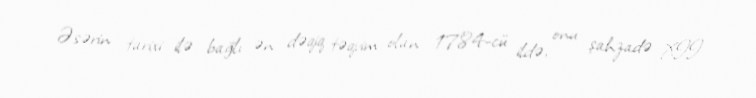
Əsərin tarixi ilə bağlı ən dəqiq təqvim olan 1784-cü ildə, onu şahzadə XII